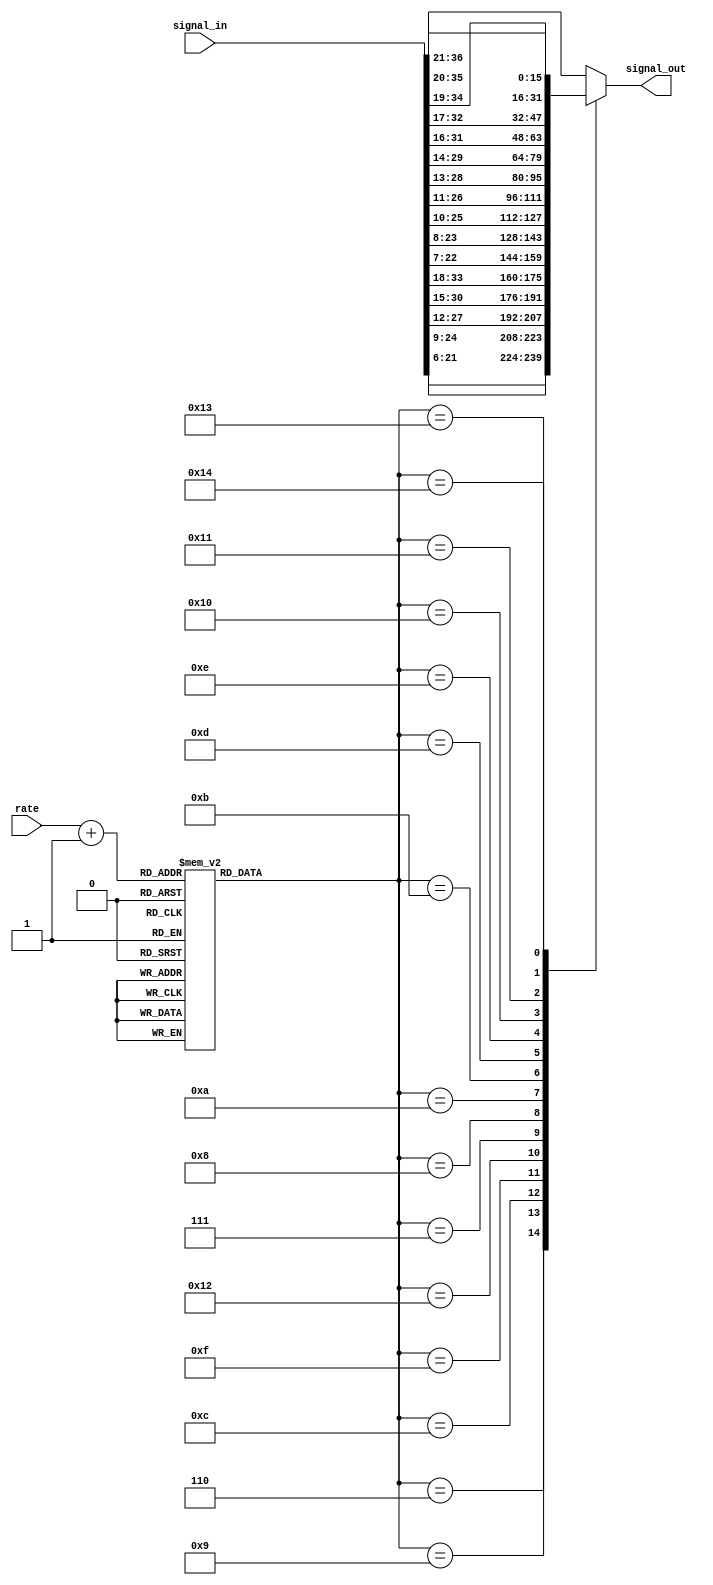
module cic_int_shifter(rate,signal_in,signal_out);
   parameter bw = 16;
   parameter maxbitgain = 21;
   
   input [7:0] rate;
   input       wire [bw+maxbitgain-1:0] signal_in;
   output      reg [bw-1:0] signal_out;

   function [4:0] bitgain;
      input [7:0] rate;
      case(rate)
	// Exact Cases
	8'd4 : bitgain = 6;
	8'd8 : bitgain = 9;
	8'd16 : bitgain = 12;
	8'd32 : bitgain = 15;
	8'd64 : bitgain = 18;
	8'd128 : bitgain = 21;
	
	// Nearest without overflow
	8'd5 : bitgain = 7;
	8'd6 : bitgain = 8;
	8'd7 : bitgain = 9;
	8'd9,8'd10 : bitgain = 10;
	8'd11,8'd12 : bitgain = 11;
	8'd13,8'd14,8'd15 : bitgain = 12;
	8'd17,8'd18,8'd19,8'd20 : bitgain = 13;
	8'd21,8'd22,8'd23,8'd24,8'd25 : bitgain = 14;
	8'd26,8'd27,8'd28,8'd29,8'd30,8'd31 : bitgain = 15;
	8'd33,8'd34,8'd35,8'd36,8'd37,8'd38,8'd39,8'd40 : bitgain = 16;
	8'd41,8'd42,8'd43,8'd44,8'd45,8'd46,8'd47,8'd48,8'd49,8'd50 : bitgain = 17;
	8'd51,8'd52,8'd53,8'd54,8'd55,8'd56,8'd57,8'd58,8'd59,8'd60,8'd61,8'd62,8'd63 : bitgain = 18;
	8'd65,8'd66,8'd67,8'd68,8'd69,8'd70,8'd71,8'd72,8'd73,8'd74,8'd75,8'd76,8'd77,8'd78,8'd79,8'd80 : bitgain = 19;
	8'd81,8'd82,8'd83,8'd84,8'd85,8'd86,8'd87,8'd88,8'd89,8'd90,8'd91,8'd92,8'd93,8'd94,8'd95,8'd96,8'd97,8'd98,8'd99,8'd100,8'd101 : bitgain = 20;
	
	default : bitgain = 19;
      endcase // case(rate)
   endfunction // bitgain
   
   wire [4:0] 	  shift = bitgain(rate+1);
   
   // We should be able to do this, but can't ....
   // assign 	  signal_out = signal_in[shift+bw-1:shift];
   
   always @*
     case(shift)
       5'd6  : signal_out = signal_in[6+bw-1:6];
       5'd9  : signal_out = signal_in[9+bw-1:9];
       5'd12 : signal_out = signal_in[12+bw-1:12];
       5'd15 : signal_out = signal_in[15+bw-1:15];
       5'd18 : signal_out = signal_in[18+bw-1:18];
       5'd21 : signal_out = signal_in[21+bw-1:21];
       
       5'd7  : signal_out = signal_in[7+bw-1:7];
       5'd8  : signal_out = signal_in[8+bw-1:8];
       5'd10 : signal_out = signal_in[10+bw-1:10];
       5'd11 : signal_out = signal_in[11+bw-1:11];
       5'd13 : signal_out = signal_in[13+bw-1:13];
       5'd14 : signal_out = signal_in[14+bw-1:14];
       5'd16 : signal_out = signal_in[16+bw-1:16];
       5'd17 : signal_out = signal_in[17+bw-1:17];
       5'd19 : signal_out = signal_in[19+bw-1:19];
       5'd20 : signal_out = signal_in[20+bw-1:20];
       
       default : signal_out = signal_in[21+bw-1:21];
     endcase // case(shift)

endmodule